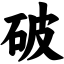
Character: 破